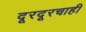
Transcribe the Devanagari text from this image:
दूरदूरचाही